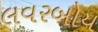
લવરબોય